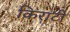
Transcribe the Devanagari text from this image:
किराटी